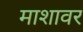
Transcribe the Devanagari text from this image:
माशावर